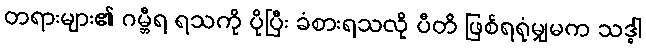
တရားများ၏ ဂမ္ဘီရ ရသကို ပိုပြီး ခံစားရသလို ပီတိ ဖြစ်ရရုံမျှမက သဒ္ဓါ